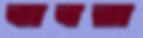
বাবরা